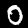
Digit: 0